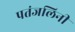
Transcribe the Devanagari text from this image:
पतंजलिनी